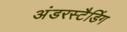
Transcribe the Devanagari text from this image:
अंडरस्टैडिंग